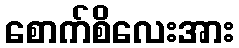
စောက်စိလေးအား